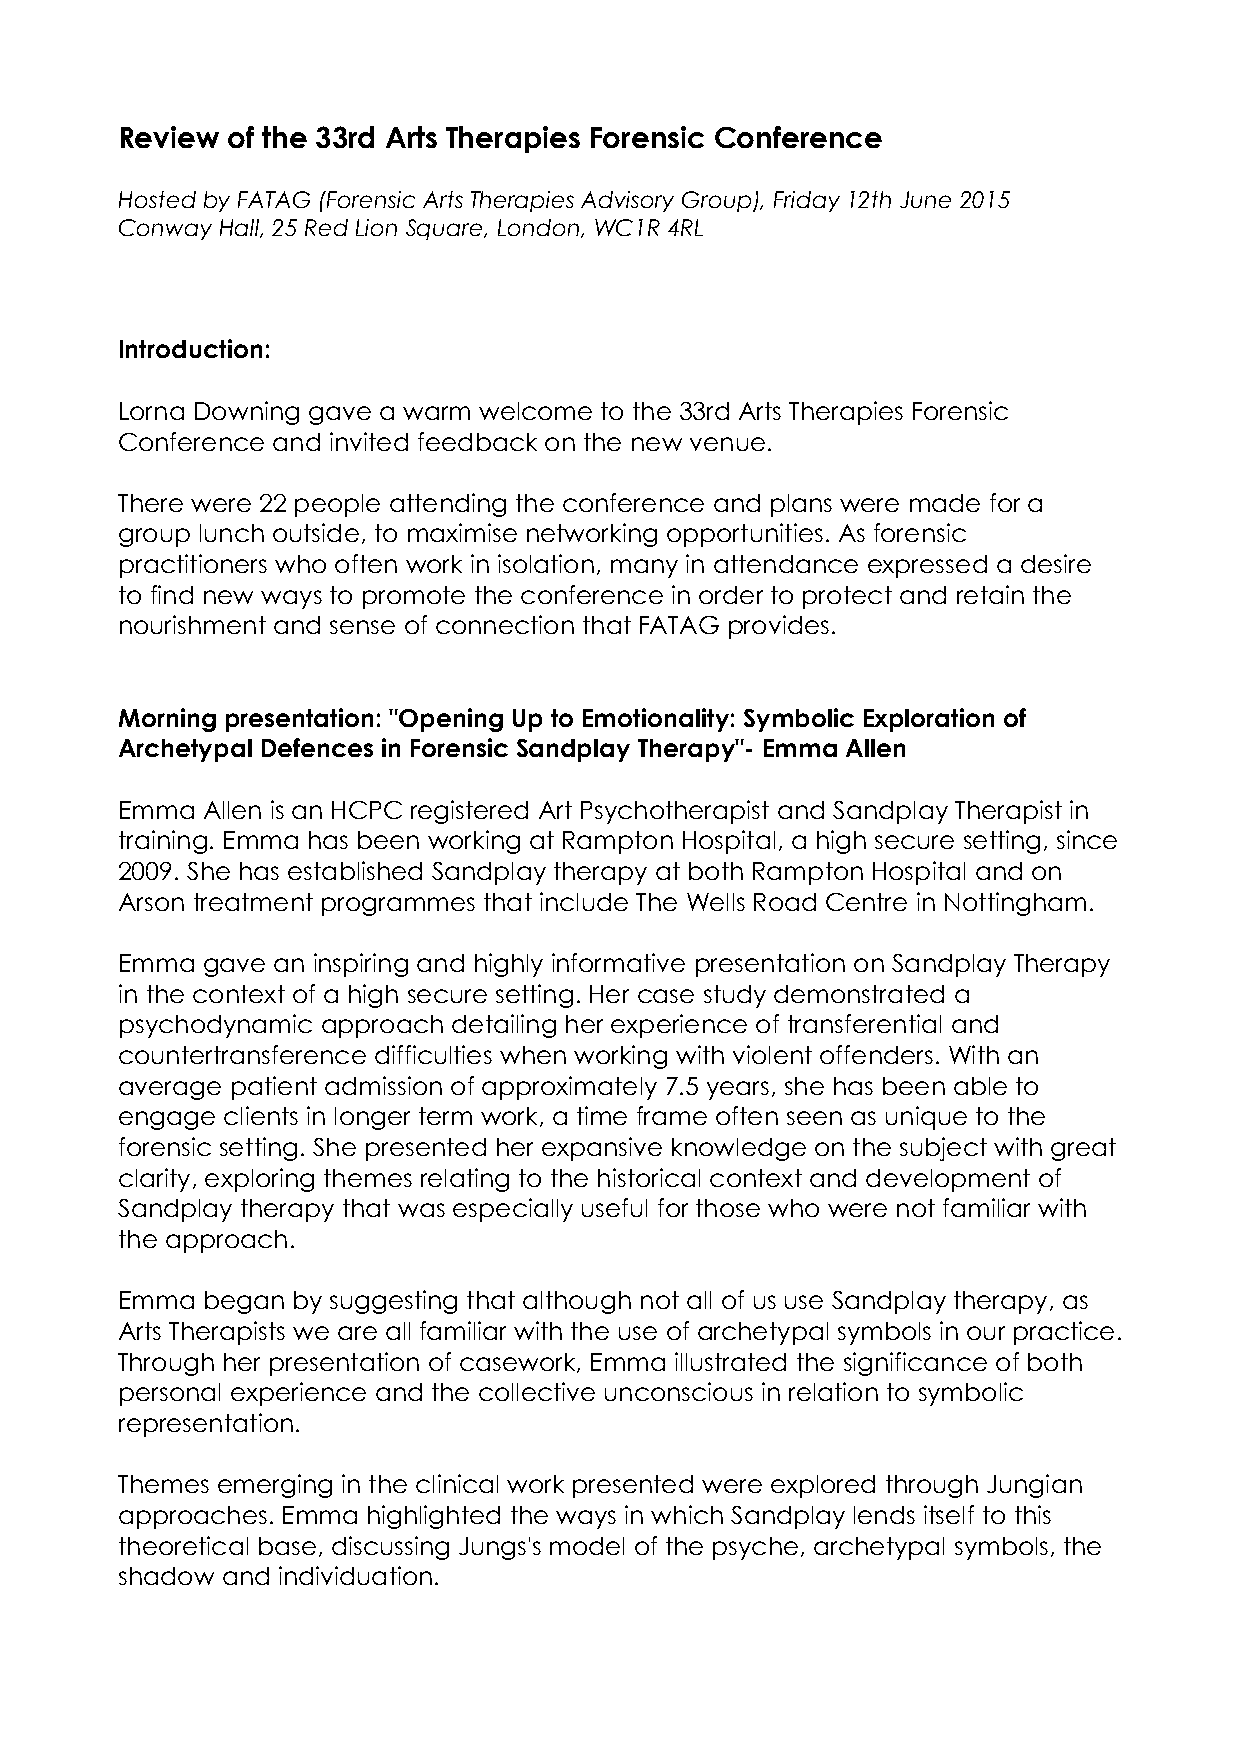
Review of the 33rd Arts Therapies Forensic Conference
 Hosted by FATAG (Forensic Arts Therapies Advisory Group), Friday 12th June 2015
 Conway Hall, 25 Red Lion Square, London, WC1R 4RL
 Introduction:
 Lorna Downing gave a warm welcome to the 33rd Arts Therapies Forensic
 Conference and invited feedback on the new venue.
 There were 22 people attending the conference and plans were made for a
 group lunch outside, to maximise networking opportunities. As forensic
 practitioners who often work in isolation, many in attendance expressed a desire
 to find new ways to promote the conference in order to protect and retain the
 nourishment and sense of connection that FATAG provides.
 Morning presentation: "Opening Up to Emotionality: Symbolic Exploration of
 Archetypal Defences in Forensic Sandplay Therapy"- Emma Allen
 Emma Allen is an HCPC registered Art Psychotherapist and Sandplay Therapist in
 training. Emma has been working at Rampton Hospital, a high secure setting, since
 2009. She has established Sandplay therapy at both Rampton Hospital and on
 Arson treatment programmes that include The Wells Road Centre in Nottingham.
 Emma gave an inspiring and highly informative presentation on Sandplay Therapy
 in the context of a high secure setting. Her case study demonstrated a
 psychodynamic approach detailing her experience of transferential and
 countertransference difficulties when working with violent offenders. With an
 average patient admission of approximately 7.5 years, she has been able to
 engage clients in longer term work, a time frame often seen as unique to the
 forensic setting. She presented her expansive knowledge on the subject with great
 clarity, exploring themes relating to the historical context and development of
 Sandplay therapy that was especially useful for those who were not familiar with
 the approach.
 Emma began by suggesting that although not all of us use Sandplay therapy, as
 Arts Therapists we are all familiar with the use of archetypal symbols in our practice.
 Through her presentation of casework, Emma illustrated the significance of both
 personal experience and the collective unconscious in relation to symbolic
 representation.
 Themes emerging in the clinical work presented were explored through Jungian
 approaches. Emma highlighted the ways in which Sandplay lends itself to this
 theoretical base, discussing Jungs's model of the psyche, archetypal symbols, the
 shadow and individuation.